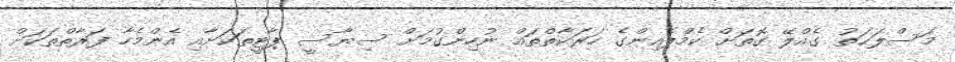
މަސްލަޙަތު ގެއްލޭ ގޮތަށް ކެމްޕެއިންގެ ހަރަކާތްތައް ނުހިންގުމަށް ސިޔާސީ ޕާޓީތަކަށާއި އެންމެހާ ފަރާތްތަކަށް